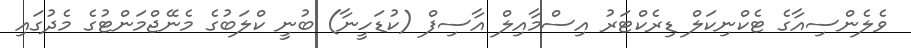
ވެލެންސިއާގެ ޓެކްނިކަލް ޑިރެކްޓަރު އިސްމާއިލް އާސިފް (ކުޑަހީނާ) ބުނީ ކްލަބުގެ މެނޭޖްމަންޓުގެ މެދުގައި